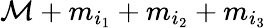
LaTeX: \mathcal{M}+m_{i_{1}}+m_{i_{2}}+m_{i_{3}}